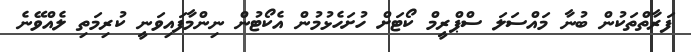
ފަރާތްތަކުން ބުނާ މައްސަލަ ސްޕްރީމް ކޯޓަށް ހުށަހެޅުމުން އެކޯޓުން ނިންމާފައިވަނީ ކުރިމަތި ލެއްވޭނެ